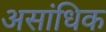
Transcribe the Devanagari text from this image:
असांधिक